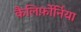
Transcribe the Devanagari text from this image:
कैलिर्फ़ोर्निया